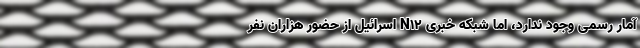
آمار رسمی وجود ندارد، اما شبکه خبری N12 اسرائیل از حضور هزاران نفر